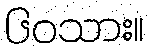
၆၀သား။